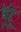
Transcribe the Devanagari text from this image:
धूंदू